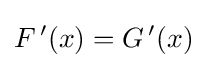
F\,'(x)=G\,'(x)